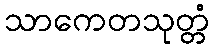
သာကေတသုတ္တံ